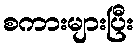
စကားများပြီး